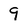
Character: 9